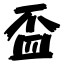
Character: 盃